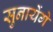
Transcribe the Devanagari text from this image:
सुनायेंगें